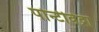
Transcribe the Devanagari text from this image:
पोन्टीवेद्रा